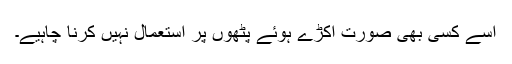
اسے کسی بھی صورت اکڑے ہوئے پٹھوں پر استعمال نہیں کرنا چاہیے۔